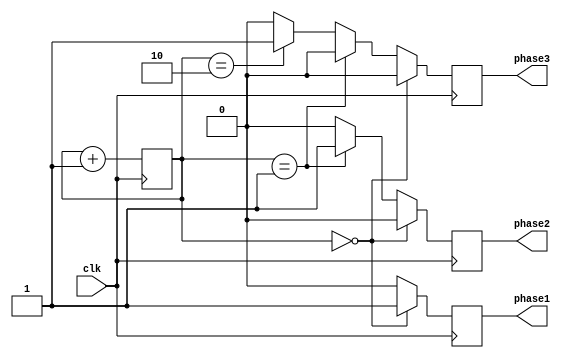
module multi_phase_clock_divider (
    input wire clk,
    output wire phase1,
    output wire phase2,
    output wire phase3
);

reg [1:0] counter;

always @(posedge clk) begin
    if (counter == 2'b00) begin
        phase1 <= 1'b1;
        phase2 <= 1'b0;
        phase3 <= 1'b0;
    end else if (counter == 2'b01) begin
        phase1 <= 1'b0;
        phase2 <= 1'b1;
        phase3 <= 1'b0;
    end else if (counter == 2'b10) begin
        phase1 <= 1'b0;
        phase2 <= 1'b0;
        phase3 <= 1'b1;
    end else begin
        phase1 <= 1'b0;
        phase2 <= 1'b0;
        phase3 <= 1'b0;
    end

    counter <= counter + 1;
end

endmodule